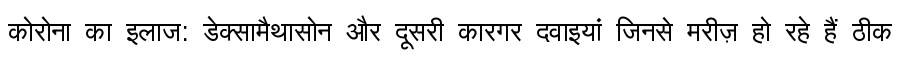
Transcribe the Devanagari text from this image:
कोरोना का इलाज: डेक्सामैथासोन और दूसरी कारगर दवाइयां जिनसे मरीज़ हो रहे हैं ठीक